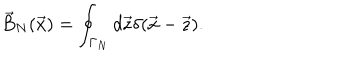
LaTeX: \vec { B } _ { N } ( \vec { x } ) = \oint _ { \Gamma _ { N } } d \vec { z } \delta ( \vec { x } - \vec { z } ) .